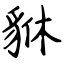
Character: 貅